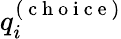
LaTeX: q_{i}^{(\mathrm{~c~h~o~i~c~e~})}